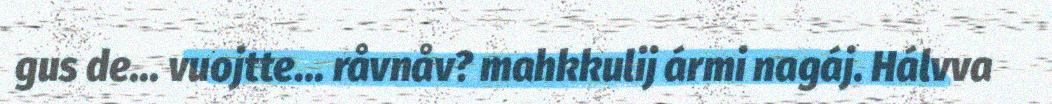
gus de... vuojtte... råvnåv? mahkkulij ármi nagáj. Hálvva